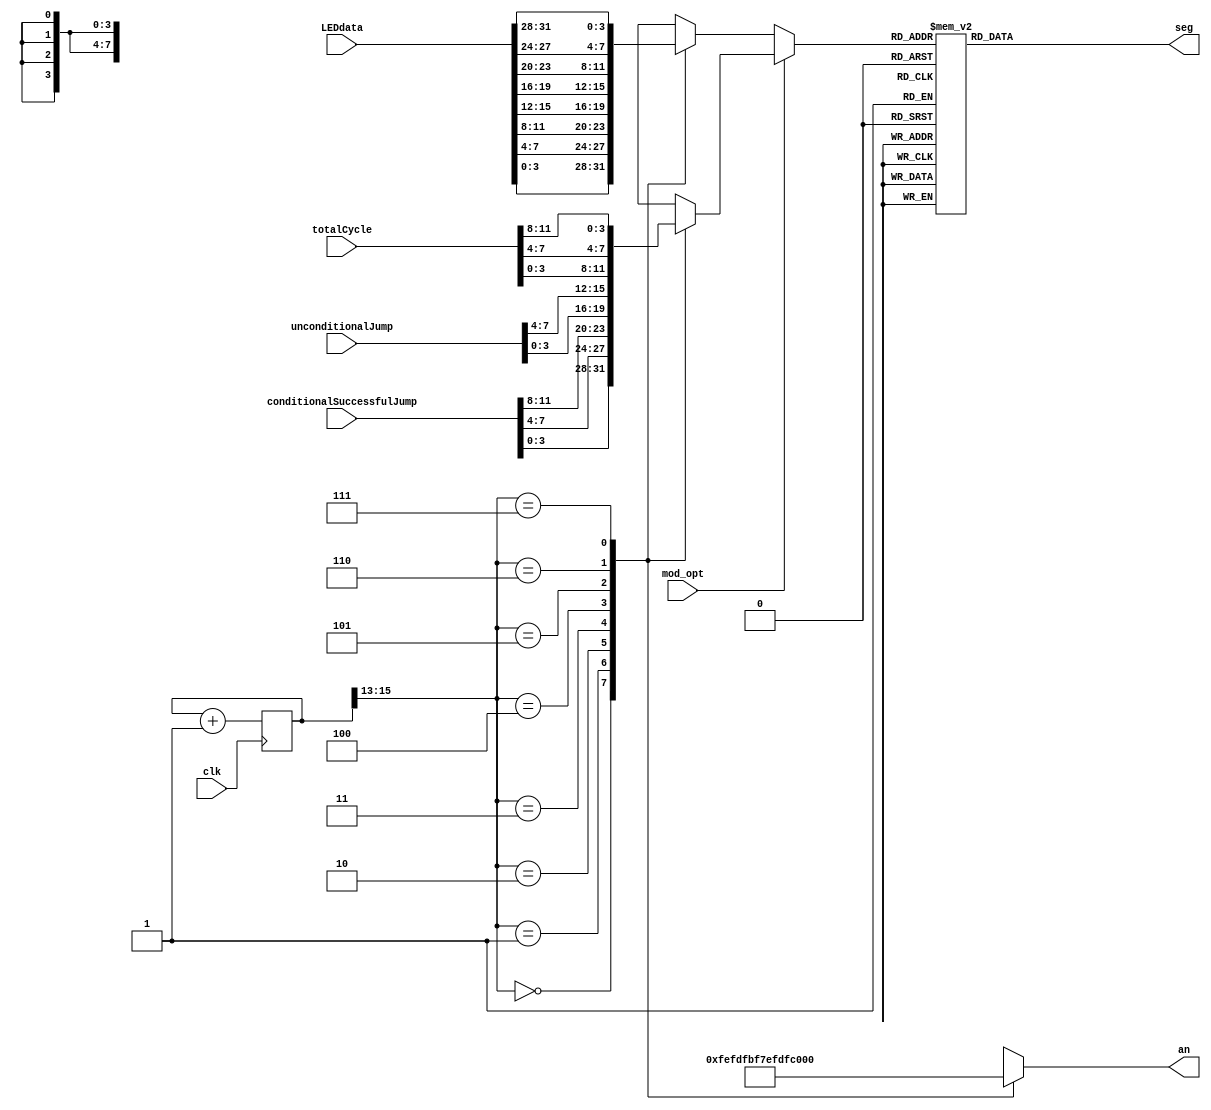
`timescale 1ns / 1ps
//////////////////////////////////////////////////////////////////////////////////
// Company: 
// Engineer: 
// 
// Design Name: 
// Module Name: Display_model
// Project Name: 
// Target Devices: 
// Tool Versions: 
// Description: 
// 
// Dependencies: 
// 
// Revision:
// Revision 0.01 - File Created
// Additional Comments:
// 
//////////////////////////////////////////////////////////////////////////////////


module Display(
	input wire clk,
	input wire mod_opt,						//1
	input wire[31:0] LEDdata,					//
	(* DONT_TOUCH = "1" *) input wire[15:0] totalCycle,				//
	(* DONT_TOUCH = "1" *) input wire[15:0] unconditionalJump,			//
	(* DONT_TOUCH = "1" *) input wire[15:0] conditionalSuccessfulJump,//
	output reg [7:0] seg,		
	output reg [7:0] an			
    );
	reg [3:0]    data;
	reg [15:0]	cnt_scan;
	
	always@(posedge clk)		//
		begin
			cnt_scan <= cnt_scan+1;
		end
	
	always@(
	    cnt_scan,
	    mod_opt,
	    conditionalSuccessfulJump,
	    unconditionalJump,
	    totalCycle,
        LEDdata
    )begin		//
		if(mod_opt == 1)	begin
			case(cnt_scan[15:13])
			3'b000:begin 
					data = conditionalSuccessfulJump[3:0];
					an = 8'b11111110;
					end
			3'b001:begin 
					data = conditionalSuccessfulJump[7:4];
					an = 8'b11111101;
					end
			3'b010:begin
					data = conditionalSuccessfulJump[11:8];
					an = 8'b11111011;
					end
			3'b011:begin
					data = unconditionalJump[3:0];
					an = 8'b11110111;
					end
			3'b100:begin
					data = unconditionalJump[7:4];
					an = 8'b11101111;
					end
			3'b101:begin
					data = totalCycle[3:0];
					an = 8'b11011111;
					end
			3'b110:begin
					data = totalCycle[7:4];
					an = 8'b10111111;
					end
			3'b111:begin
					data = totalCycle[11:8];
					an = 8'b01111111;
					end
			default:begin
					data = totalCycle[11:8];
					an = 8'b11111111;
					end
			endcase
		end
		else begin
			case(cnt_scan[15:13])
			3'b000:begin 
					data = LEDdata[3:0];
					an = 8'b11111110;
					end
			3'b001:begin 
					data = LEDdata[7:4];
					an = 8'b11111101;
					end
			3'b010:begin
					data = LEDdata[11:8];
					an = 8'b11111011;
					end
			3'b011:begin
					data = LEDdata[15:12];
					an = 8'b11110111;
					end
			3'b100:begin
					data = LEDdata[19:16];
					an = 8'b11101111;
					end
			3'b101:begin
					data = LEDdata[23:20];
					an = 8'b11011111;
					end
			3'b110:begin
					data = LEDdata[27:24];
					an = 8'b10111111;
					end
			3'b111:begin
					data = LEDdata[31:28];
					an = 8'b01111111;
					end
			default:begin
					data = LEDdata[31:28];
					an = 8'b11111111;
					end
			endcase
		end
		
		case(data[3:0])
                4'h0: seg = 8'b000_0001_1;
                4'h1: seg = 8'b100_1111_1;
                4'h2: seg = 8'b001_0010_1;
                4'h3: seg = 8'b000_0110_1;
                4'h4: seg = 8'b100_1100_1;
                4'h5: seg = 8'b010_0100_1;
                4'h6: seg = 8'b010_0000_1;
                4'h7: seg = 8'b000_1111_1;
                4'h8: seg = 8'b000_0000_1;
                4'h9: seg = 8'b000_1100_1;
                4'ha: seg = 8'b000_1000_1;
                4'hb: seg = 8'b110_0000_1;
                4'hc: seg = 8'b011_0001_1;
                4'hd: seg = 8'b100_0010_1;
                4'he: seg = 8'b011_0000_1;
                4'hf: seg = 8'b011_1000_1;
                default: seg = 8'b111_1111_1;
        endcase
	end
endmodule